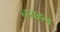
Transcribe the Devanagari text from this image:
नयहन